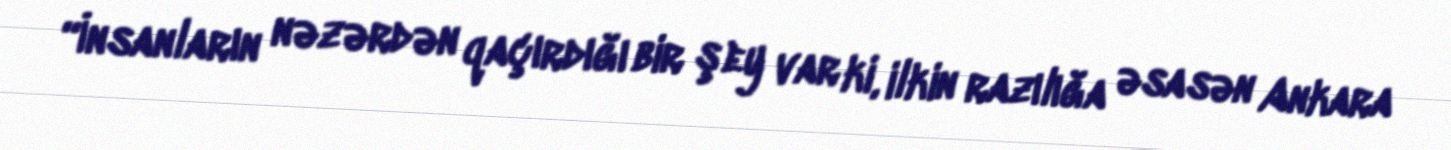
“İnsanların nəzərdən qaçırdığı bir şey var ki, ilkin razılığa əsasən Ankara